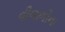
વીજળીના